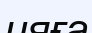
ияға